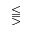
\lesseqqgtr